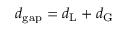
d _ { \mathrm { g a p } } = d _ { \mathrm { L } } + d _ { \mathrm { G } }